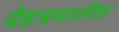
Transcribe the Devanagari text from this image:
देहत्रयातीत